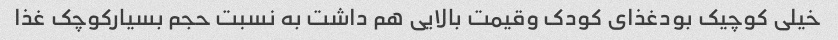
خیلی کوچیک بودغذای کودک وقیمت بالایی هم داشت به نسبت حجم بسیارکوچک غذا